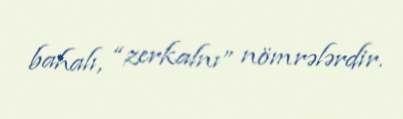
bahalı, “zerkalnı” nömrələrdir.